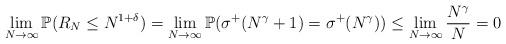
LaTeX: \begin{align*}\lim\limits_{N \rightarrow \infty} \mathbb{P}(R_{N} \leq N^{1+\delta}) = \lim\limits_{N \rightarrow \infty} \mathbb{P} ( \sigma^{+}(N^{\gamma} + 1) = \sigma^{+}(N^{\gamma})) \leq \lim\limits_{N \rightarrow \infty} \frac{N^{\gamma}}{N} = 0\end{align*}